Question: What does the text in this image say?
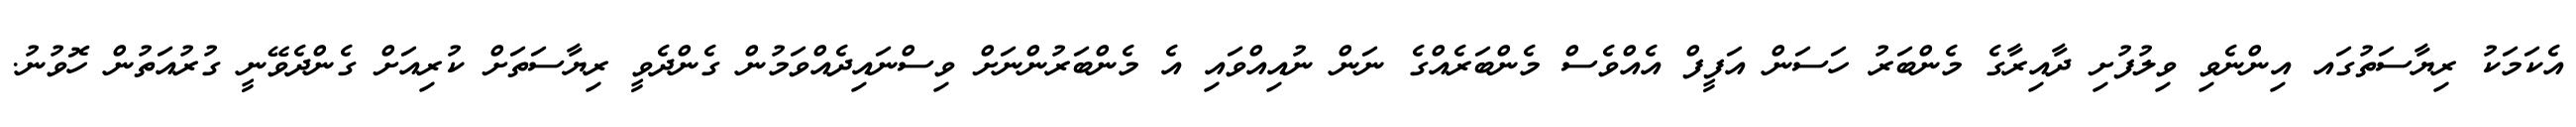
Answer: އެކަމަކު ރިޔާސަތުގައ އިންނެވި ވިލުފުށި ދާއިރާގެ މެންބަރު ހަސަން އަފީފް އެއްވެސް މެންބަރެއްގެ ނަން ނުއިއްވައި އެ މެންބަރުންނަށް ވިސްނައިދެއްވަމުން ގެންދެވީ ރިޔާސަތަށް ކުރިއަށް ގެންދެވޭނީ ގުރުއަތުން ހޮވުނު.